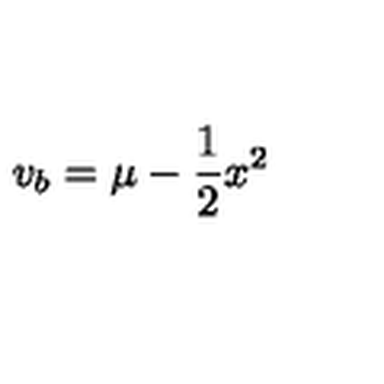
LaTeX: v _ { b } = \mu - { \frac { 1 } { 2 } } x ^ { 2 }